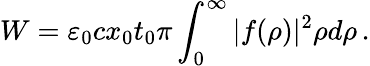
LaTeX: W=\varepsilon_{0}cx_{0}t_{0}\pi\int_{0}^{\infty}|f(\rho)|^{2}\rho d\rho\, .